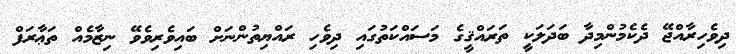
ދިވެހިރާއްޖޭ ދެކެމުންމިދާ ބަދަލަކީ ތަރައްޤީގެ މަސައްކަތުގައި ދިވެހި ރައްޔިތުންނަށް ބައިވެރިވެވޭ ނިޒާމެއް ތަޢާރަފް